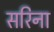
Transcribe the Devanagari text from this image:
सरिना